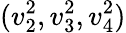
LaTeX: (v_{2}^{2},v_{3}^{2},v_{4}^{2})